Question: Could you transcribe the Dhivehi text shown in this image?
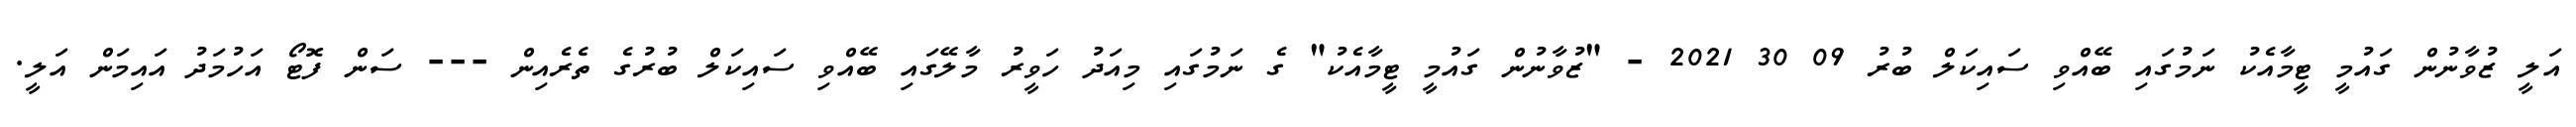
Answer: އަލީ ޒުވާނުން ގައުމީ ޓީމާއެކު ނަމުގައި ބޭއްވި ސައިކަލް ބުރު 09 30 2021 - "ޒުވާނުން ގައުމީ ޓީމާއެކު" ގެ ނަމުގައި މިއަދު ހަވީރު މާލޭގައި ބޭއްވި ސައިކަލް ބުރުގެ ތެރެއިން --- ސަން ފޮޓޯ އަހުމަދު އައިމަން އަލީ.